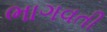
ભાગવતી